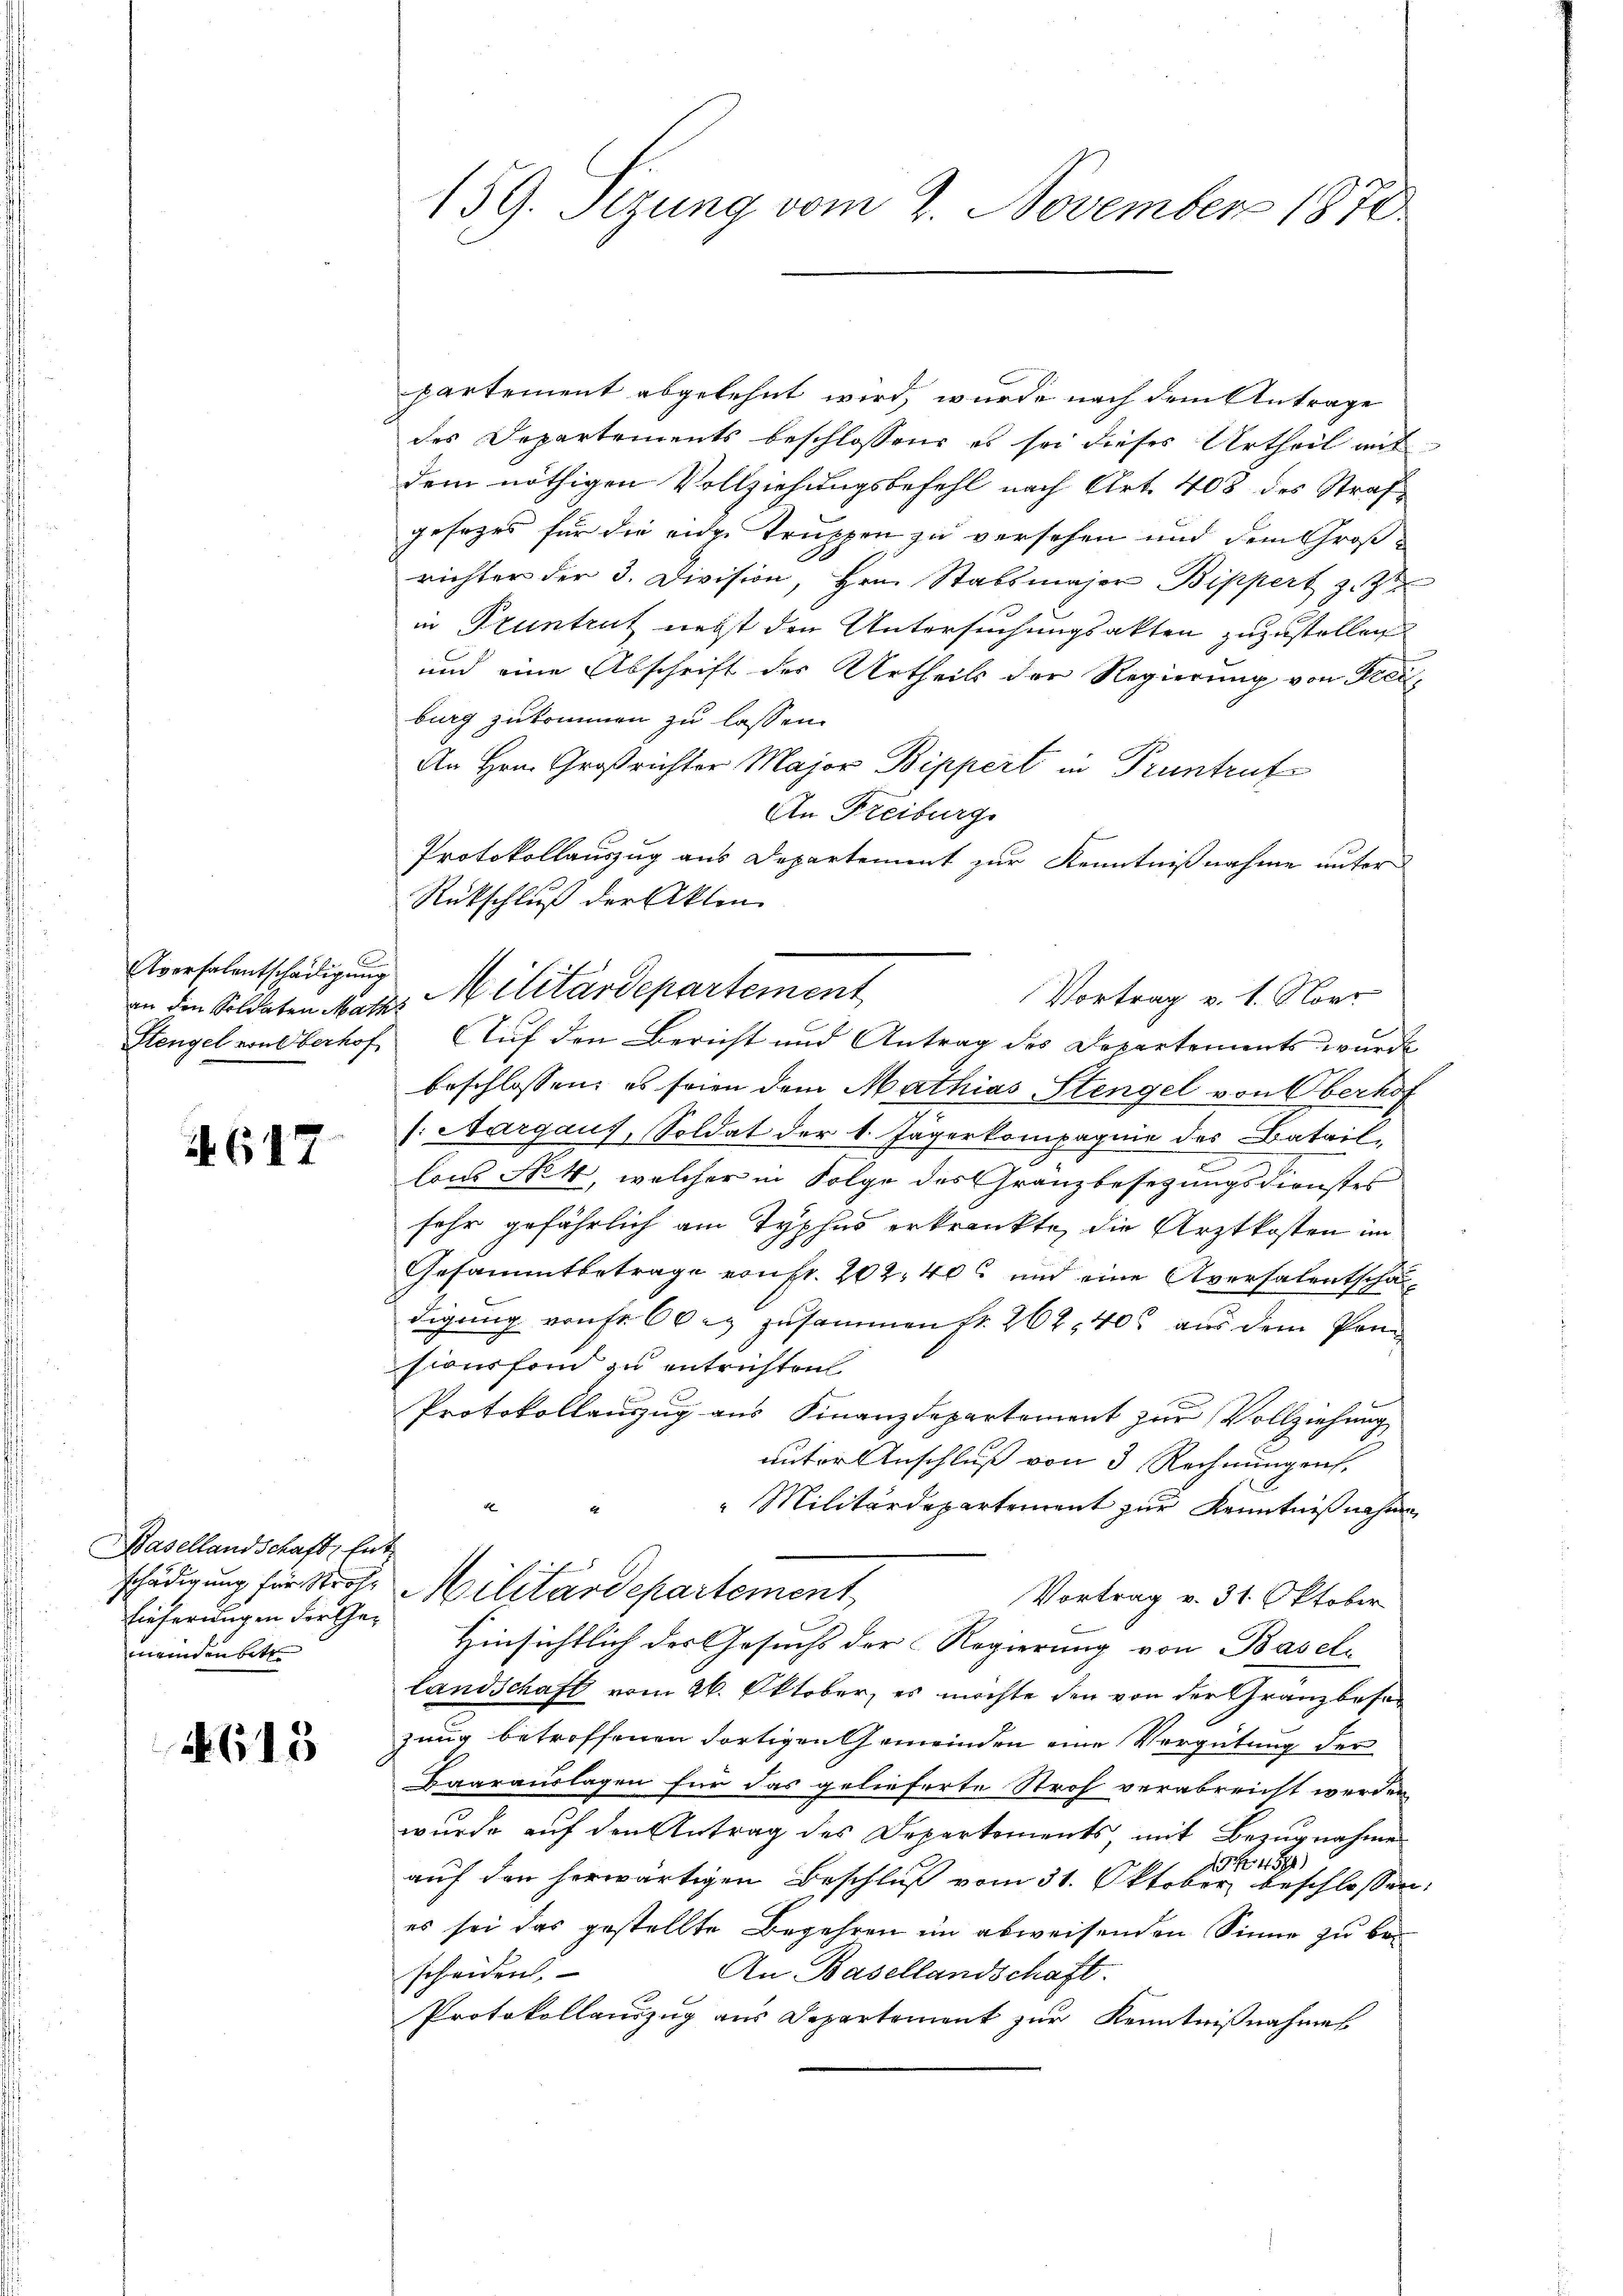
Aversalentschädigung

4617

Basellandschaft, Ent
Lieferungen der Gemeinden bitt

4618

159. Sezung vom 2. November 1870

partement abgelehnt wird, wurde nach dem Antrage
des Departements beschlossene es sei dieses Urtheil mit
dem nöthigen Vollziehungsbefehl nach Art. 408 des Strafgesezes für die eige Truppen zu versehen und dem Großrichter der 3. Division, Hrn. Stabsmajor Bippert z. Zt
in Pruntrut nebst den Untersuchungsakten zuzustellen
und eine Abschrift der Urtheils der Regierung von Freiburg zukommen zu lassen.
An Hrn. Großrichter Major Bippert in Pruntrut
An Freiburg.
Protokollauszug aus Departement zur Kenntnißnahme unter
Rückschluß der Akten
Vortrag v. 1. Nove
Stengel von Oberhof Auf den Bericht und Antrag des Departements wurde
beschlossen, es seien dem Mathias Stengel von Oberhof
s. Aargaus, Soldat der 1. Jägerkompagnie des Batail,
lons Nek, welcher in Folge des Granzbesetzungsdienstes
sehr gefährlich am Typhus erkrankte, die Arztkosten im
2
Gesammtbetrage von fr. 202. 406 und eine Aversalentschadigung von fr. 60 r. zusammen fr. 262, 40 aus dem Pansionsfom zu entrichten
Protokollauszug aus Finanzdepartement zur Vollziehung
unter Anschluß von 3. Rechnungen.
 Militärdepartement zur Kenntnißnahme
schädigung für Strohe Militärdepartement
Vortrag v. 31. Oktober
Hinsichtlich der Gesuchs der Regierung von Baseln
Landschaft vom 26. Oktober, es möchte den von der Granzbese
zung betroffenen dortigen Gemeinden eine Vergütung der
Baarauslagen für das gelieferte Stroh verabreicht werden
wurde auf den Antrag des Departements, mit Bezugnahme
auf den herwärtigen Beschluß vom 31. Okt. S. 459
Beschlossen
g
es sei das gestellte Begehren im abweisenden Sinne zu be¬
An Basellandschaft.
scheiden.
Protokollauszug aus Departement zur Kenntnißnahmes

an den Soldaten Marzs Militärdepartement